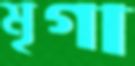
মৃগা